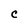
Character: C